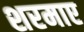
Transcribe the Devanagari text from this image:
शरमाए